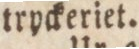
tryckeriet.